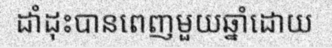
ដាំដុះបានពេញមួយឆ្នាំដោយ